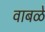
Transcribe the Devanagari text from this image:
वाबळे